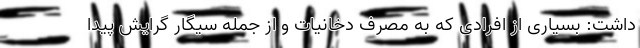
داشت: بسیاری از افرادی که به مصرف دخانیات و از جمله سیگار گرایش پیدا